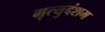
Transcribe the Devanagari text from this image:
मृत्युदंशम